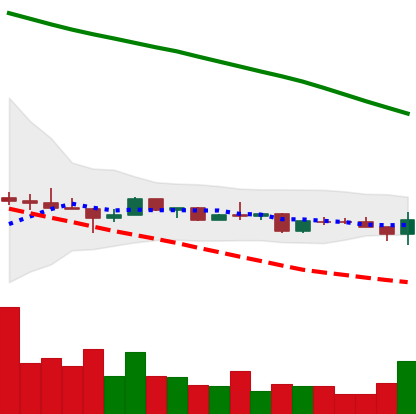
Ticker: ETC-USD
Chart end date: 2022-12-13
Forward return: -17.065%
Label: down_7plus